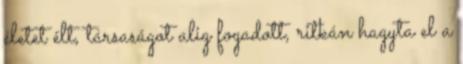
életet élt, társaságot alig fogadott, ritkán hagyta el a